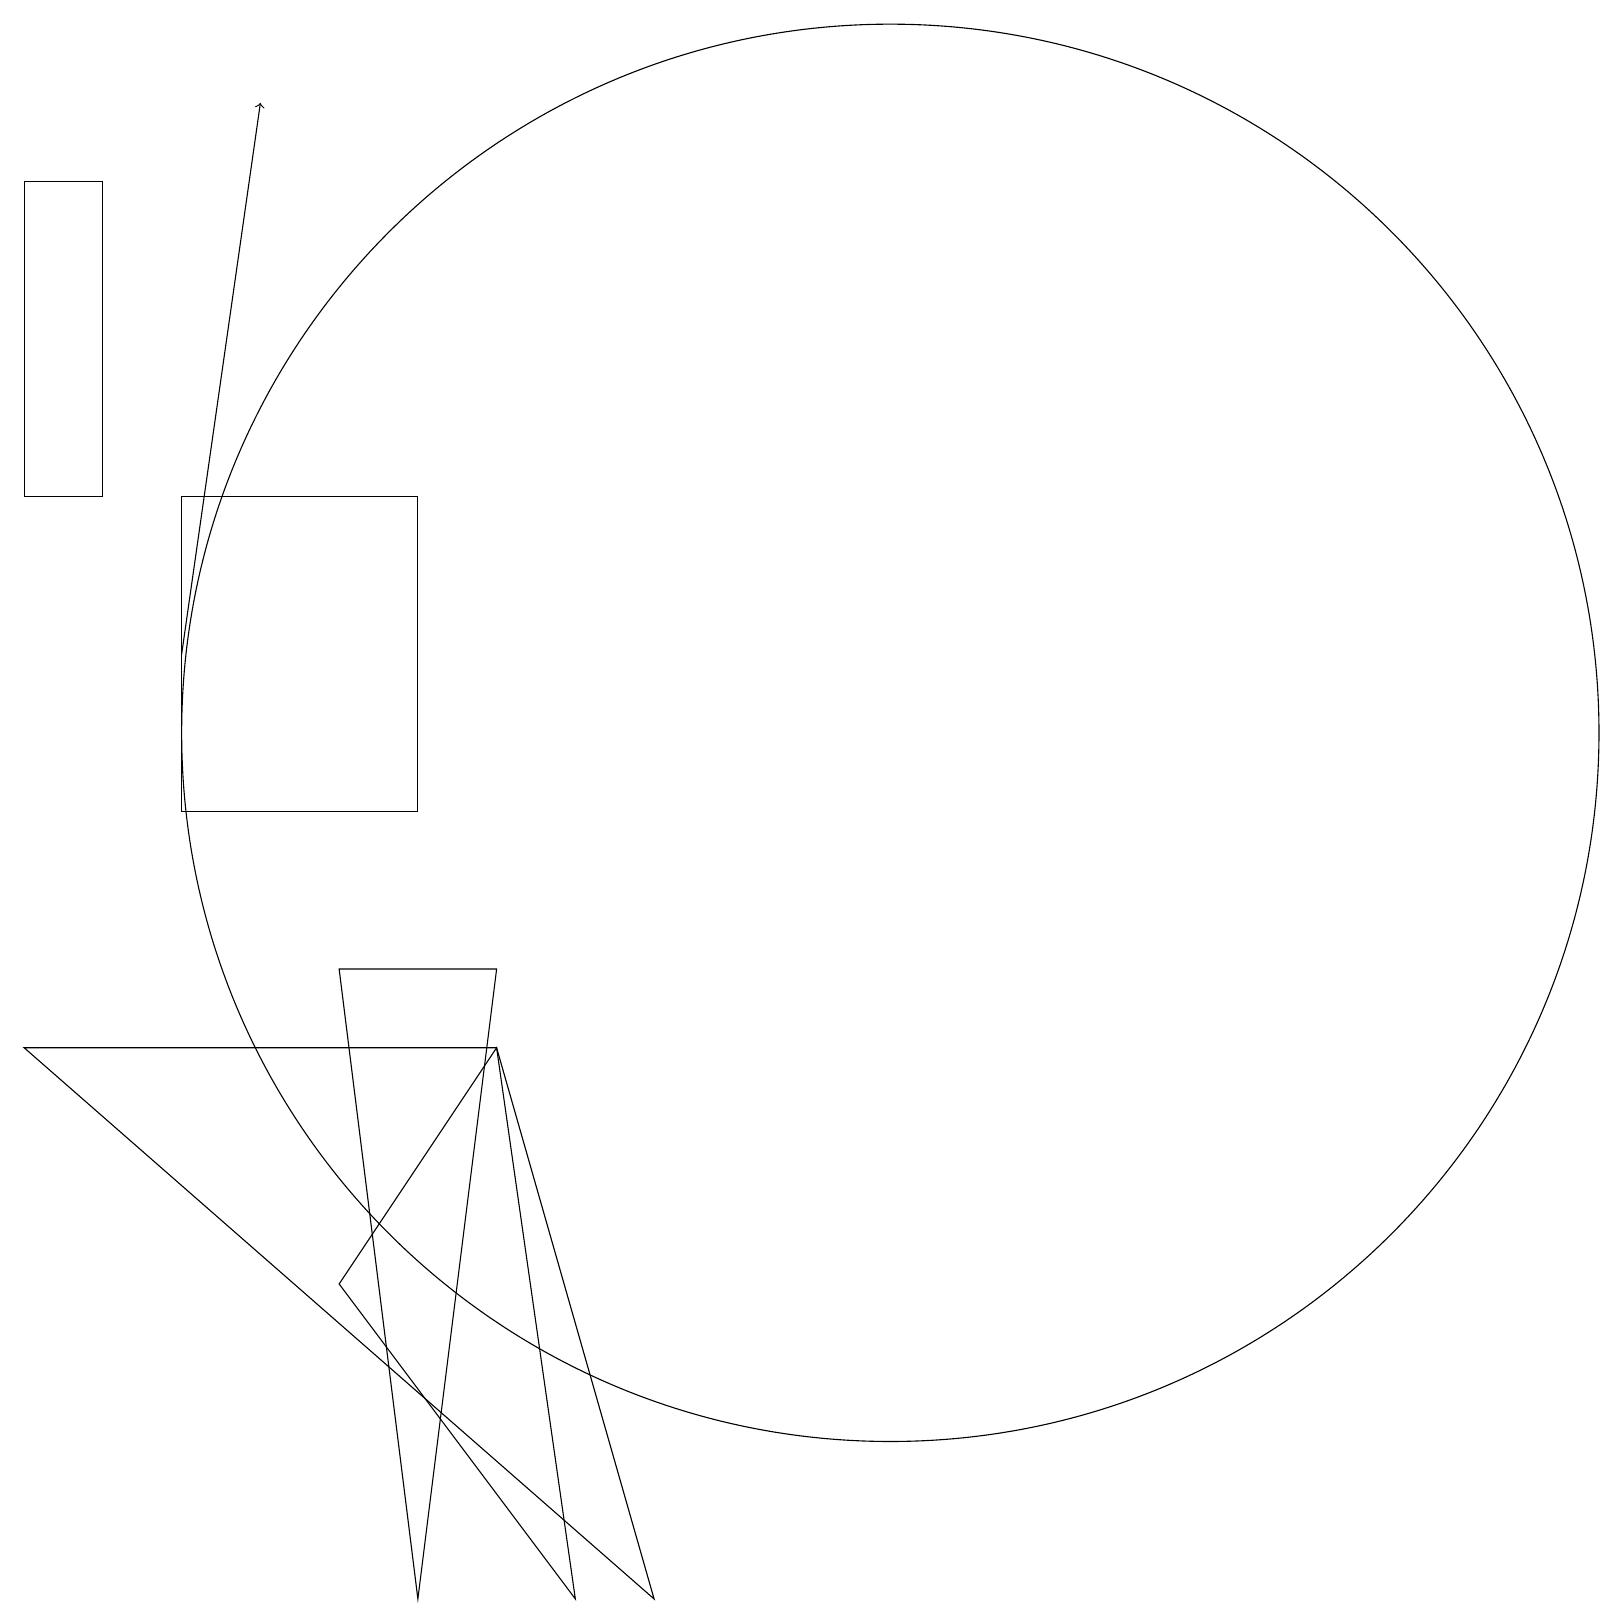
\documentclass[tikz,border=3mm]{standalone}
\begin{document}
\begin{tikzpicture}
\draw[->] (2,12) -- (3,19);
\draw (5,0) -- (6,8) -- (4,8) -- cycle;
\draw (6,7) -- (7,0) -- (4,4) -- cycle;
\draw (0,18) rectangle (1,14);
\draw (8,0) -- (0,7) -- (6,7) -- cycle;
\draw (2,14) rectangle (5,10);
\draw (11,11) circle (9);
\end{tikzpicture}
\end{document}